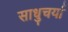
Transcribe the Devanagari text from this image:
साधुचर्या